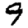
Digit: 9